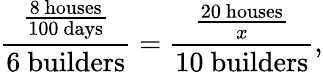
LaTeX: {\frac{\frac{8\ {\mathrm{houses}}}{100\ {\mathrm{days}}}}{6\ {\mathrm{builders}}}}={\frac{\frac{20\ {\mathrm{houses}}}{x}}{10\ {\mathrm{builders}}}},